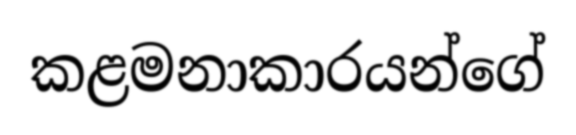
කළමනාකාරයන්ගේ